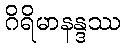
ဂိရိမာနန္ဒဿ